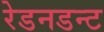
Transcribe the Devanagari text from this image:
रेडनडन्ट